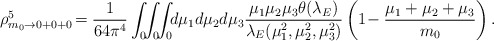
\begin{align*}\rho^5_{m_0\rightarrow 0+0+0}\!=\frac{1}{64\pi^4} \int_0\!\!\int_0\!\!\int_0 \!\!d\mu_1 d\mu_2 d\mu_3 \frac{\mu_1\mu_2\mu_3\theta(\lambda_E)}{\lambda_E(\mu_1^2,\mu_2^2,\mu_3^2)} \left( 1\!-\frac{\mu_1+\mu_2+\mu_3}{m_0} \right).\end{align*}